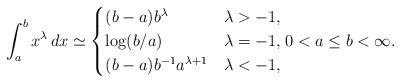
LaTeX: \begin{align*} \int_{a}^b x^{\lambda} \, dx \simeq\begin{cases}(b-a) b^{\lambda} & \lambda > - 1,\\\log(b/a) & \lambda = - 1,\\(b-a) b^{-1} a^{\lambda + 1} & \lambda < - 1, \end{cases}0 < a \le b < \infty.\end{align*}